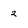
Character: 2